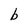
Character: b